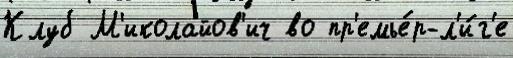
Клуб М'иколайов'ич во пр'емье́р-л'и́г'е